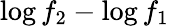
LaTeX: \log f_{2}-\log f_{1}